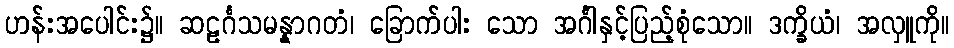
ဟန်းအပေါင်း၌။ ဆဠင်္ဂသမန္နာဂတံ၊ ခြောက်ပါး သော အင်္ဂါနှင့်ပြည့်စုံသော။ ဒက္ခိယံ၊ အလှူကို။